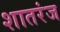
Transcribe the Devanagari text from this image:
शातरंज